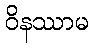
ဝိနဿာမ